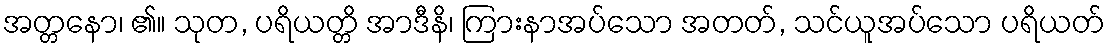
အတ္တနော၊ ၏။ သုတ, ပရိယတ္တိ အာဒီနိ၊ ကြားနာအပ်သော အတတ်, သင်ယူအပ်သော ပရိယတ်